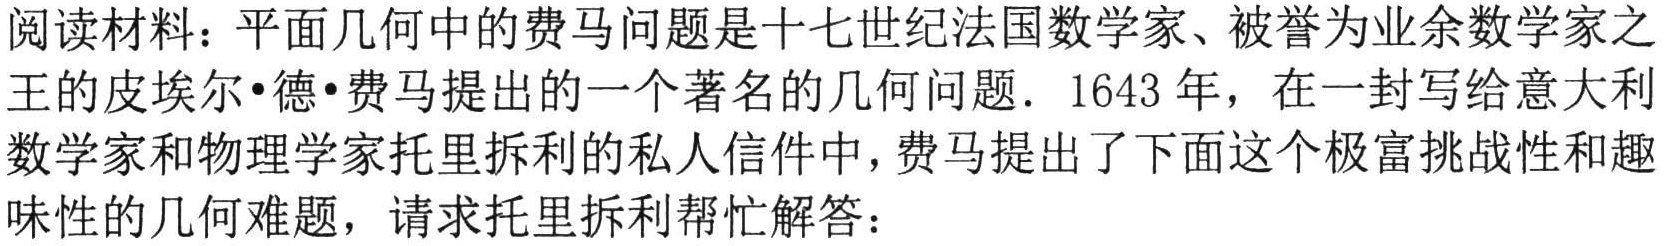
阅读材料：平面几何中的费马问题是十七世纪法国数学家、被誉为业余数学家之王的皮埃尔•德•费马提出的一个著名的几何问题. 1643年，在一封写给意大利数学家和物理学家托里拆利的私人信件中，费马提出了下面这个极富挑战性和趣味性的几何难题，请求托里拆利帮忙解答：